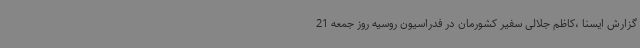
گزارش ایسنا ،کاظم جلالی سفیر کشورمان در فدراسیون روسیه روز جمعه 21